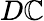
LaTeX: D\mathbb{C}